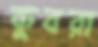
কুবরা